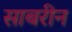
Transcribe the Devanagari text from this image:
साबरीन